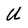
Character: U